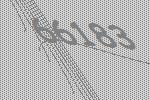
66183